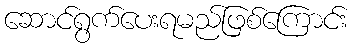
ဆောင်ရွက်ပေးရမည်ဖြစ်ကြောင်း